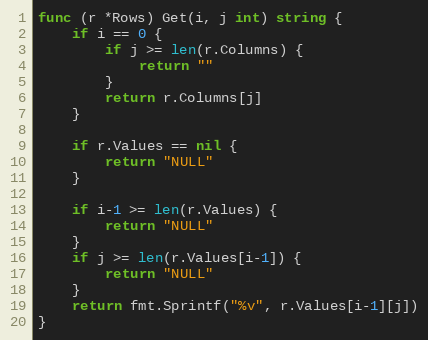
Language: Go
func (r *Rows) Get(i, j int) string {
	if i == 0 {
		if j >= len(r.Columns) {
			return ""
		}
		return r.Columns[j]
	}

	if r.Values == nil {
		return "NULL"
	}

	if i-1 >= len(r.Values) {
		return "NULL"
	}
	if j >= len(r.Values[i-1]) {
		return "NULL"
	}
	return fmt.Sprintf("%v", r.Values[i-1][j])
}